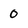
Character: 0